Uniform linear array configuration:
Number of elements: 24
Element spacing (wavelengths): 1
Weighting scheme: cosine
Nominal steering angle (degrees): -15
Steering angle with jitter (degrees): -16.593
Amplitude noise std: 0.05
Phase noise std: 0.05

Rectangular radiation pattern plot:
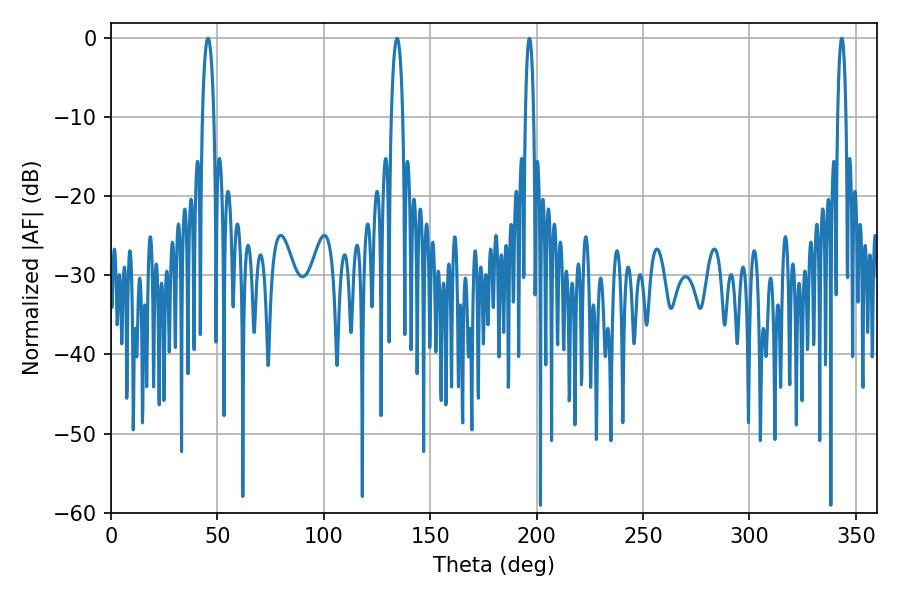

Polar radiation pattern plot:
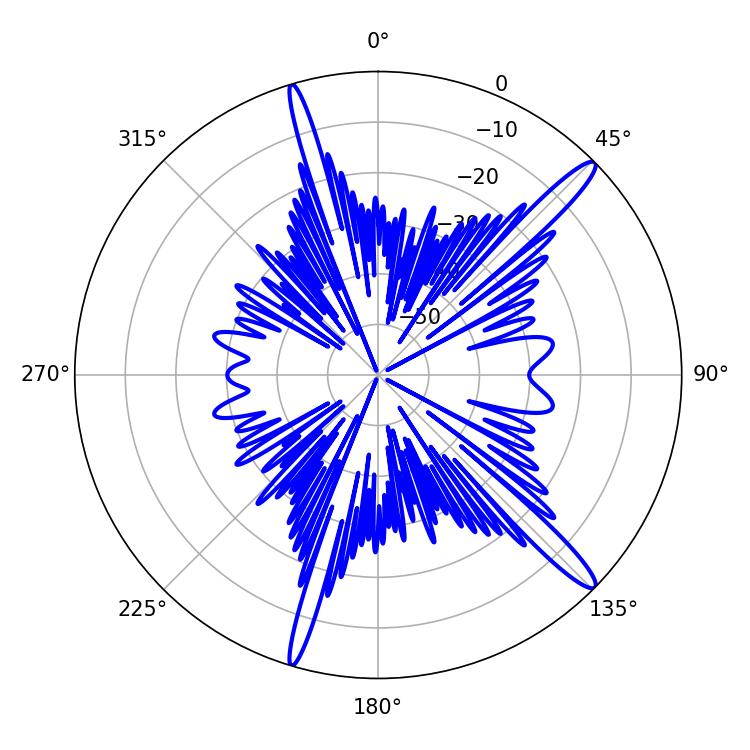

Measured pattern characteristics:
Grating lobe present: TRUE
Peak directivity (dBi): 15.182
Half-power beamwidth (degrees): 3.06
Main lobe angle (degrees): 45.54